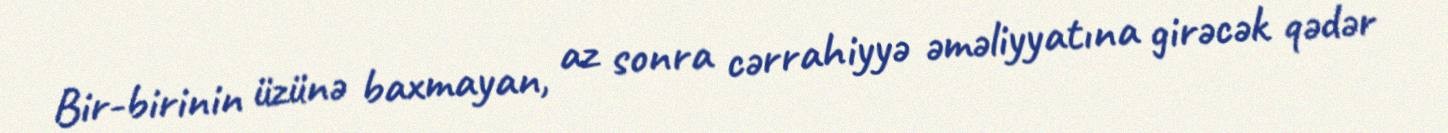
Bir-birinin üzünə baxmayan, az sonra cərrahiyyə əməliyyatına girəcək qədər